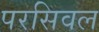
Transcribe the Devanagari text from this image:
परसिवल